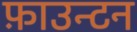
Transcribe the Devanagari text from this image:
फ़ाउन्टन